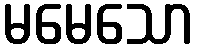
မမေသော